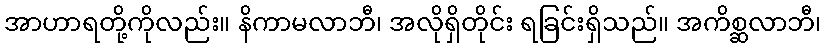
အာဟာရတို့ကိုလည်း။ နိကာမလာဘီ၊ အလိုရှိတိုင်း ရခြင်းရှိသည်။ အကိစ္ဆလာဘီ၊